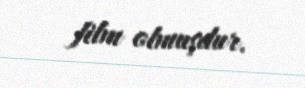
film olmuşdur.